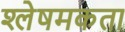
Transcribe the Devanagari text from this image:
श्लेषमकता